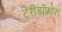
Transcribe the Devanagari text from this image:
टेरीडॉफोरा